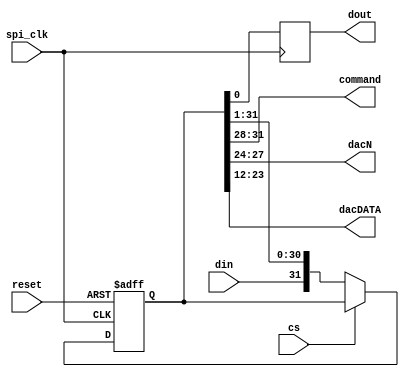
module dac(spi_clk, reset, cs, din, dout, command, dacN, dacDATA);
	
	parameter Tp = 1;

	input spi_clk, reset, cs, din;
	output [3:0]	command;
	output [3:0]	dacN;
	output [11:0] 	dacDATA;
	output dout;
		
	reg [0:31] data;
	reg dout;
	reg temp;
		
	assign command = data [0:3];
	assign dacN = data [4:7];
	assign dacDATA = data [8:19];	
		
	always @(posedge spi_clk or posedge reset)
	begin
		if(reset)
		begin
			temp <= 1'b0;
			data <= 'b0;
		end
		else if(!cs)
		begin
			data <= #Tp  {din,data[0:30]};
			temp <= #Tp  data[31];
		end
	end

	always @(negedge spi_clk)
		dout <= #Tp data[31];
	
endmodule